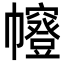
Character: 㡧